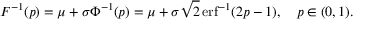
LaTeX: F ^ { - 1 } ( p ) = \mu + \sigma \Phi ^ { - 1 } ( p ) = \mu + \sigma { \sqrt { 2 } } \operatorname { e r f } ^ { - 1 } ( 2 p - 1 ) , \quad p \in ( 0 , 1 ) .